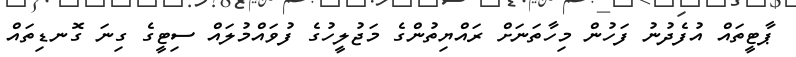
ޕާޓީތައް އުފެދުނު ފަހުން މިހާތަނަށް ރައްޔިތުންގެ މަޖުލީހުގެ ފުވައްމުލައް ސިޓީގެ ގިނަ ގޮނޑިތައް